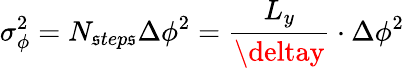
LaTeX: \sigma_{\phi}^{2}=N_{\mathfrak{s}tep\mathfrak{s}}\Delta\phi^{2}=\frac{{L_{y}}}{{\deltay}}\cdot\Delta\phi^{2}